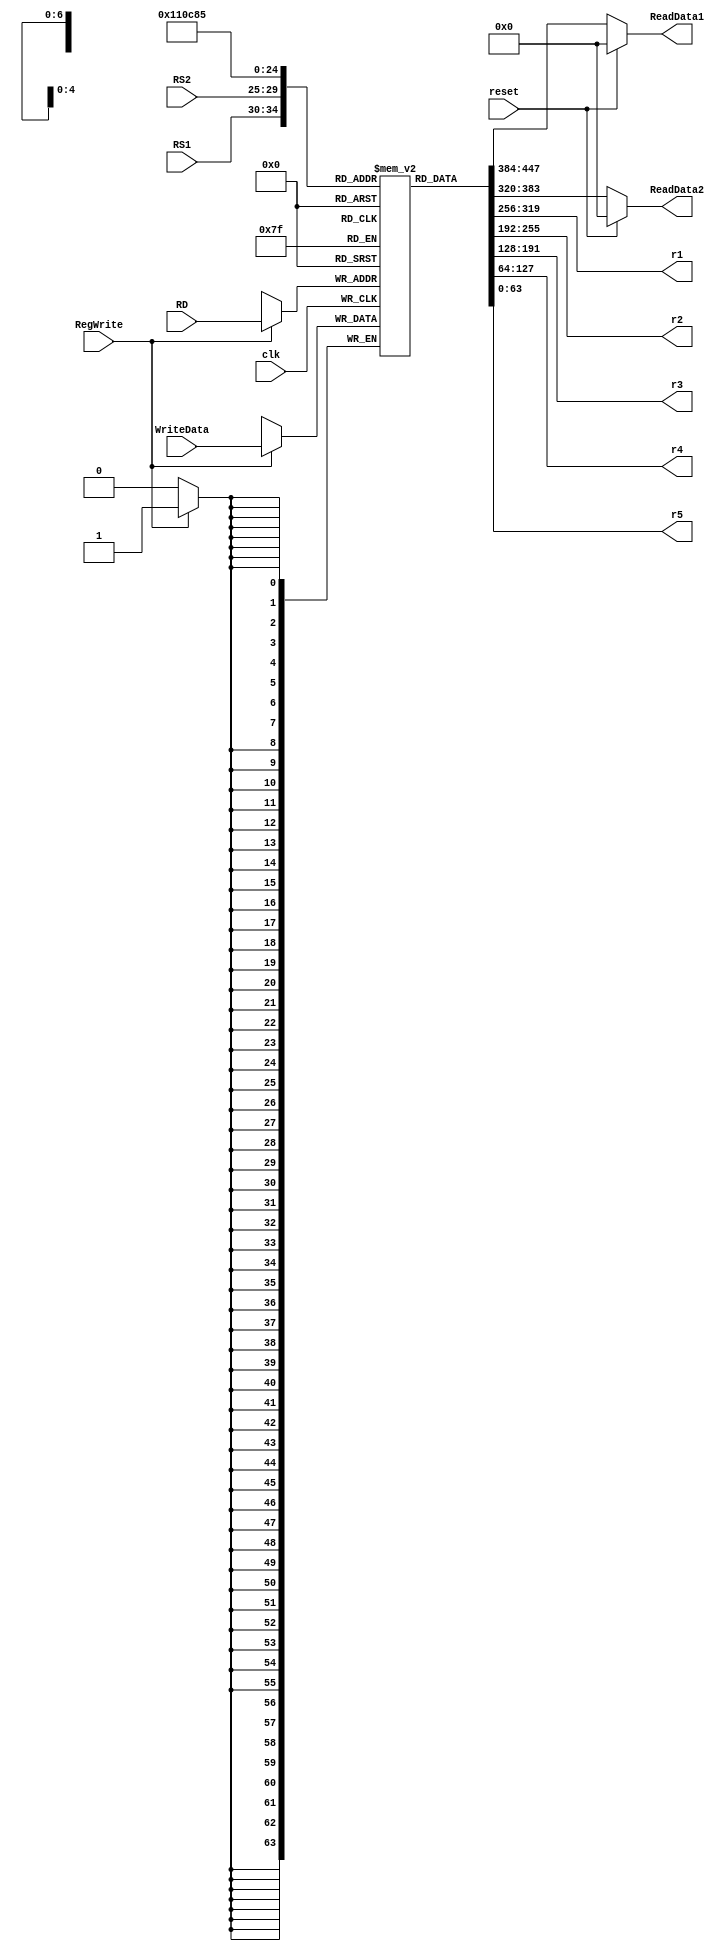
module registerFile_3
(
    input clk, reset, RegWrite,
    input [63:0] WriteData,
    input [4:0] RS1, RS2, RD,
    output reg [63:0] ReadData1, ReadData2,
    output [63:0] r1,
    output [63:0] r2,
    output [63:0] r3,
    output [63:0] r4,
    output [63:0] r5
);

reg [63:0] Registers [31:0];
integer i;

initial
begin
    Registers[0] = 64'd0;
    Registers[1] = 64'd0;
    Registers[2] = 64'd5;
    Registers[3] = 64'd7;
    Registers[4] = 64'd0;
    Registers[5] = 64'd0;
    Registers[6] = 64'd0;
    Registers[7] = 64'd0;
    Registers[8] = 64'd0;
    Registers[9] = 64'd0;
    Registers[10] = 64'd0;
    Registers[11] = 64'd0;
    Registers[12] = 64'd0;
    Registers[13] = 64'd0;
    Registers[14] = 64'd0;
    Registers[15] = 64'd0;
    Registers[16] = 64'd0;
    Registers[17] = 64'd0;
    Registers[18] = 64'd0; //20 for testing
    Registers[19] = 64'd0;
    Registers[20] = 64'd0;
    Registers[21] = 64'd0; //register x21 = 1
    Registers[22] = 64'd0;
    Registers[23] = 64'd0;
    Registers[24] = 64'd0;
    Registers[25] = 64'd0;
    Registers[26] = 64'd0;
    Registers[27] = 64'd0;
    Registers[28] = 64'd0;
    Registers[29] = 64'd0;
    Registers[30] = 64'd0;
    Registers[31] = 64'd0;
    
end


always @(negedge clk ) begin
    
    if (RegWrite) begin
        Registers[RD] = WriteData;
    end
end

always@(*) begin
    ReadData1 = reset ? 0 : Registers[RS1];
    ReadData2 = reset ? 0 : Registers[RS2];
end

assign r1 = Registers[1];
  assign r2 = Registers[2];
  assign r3 = Registers[3];
  assign r4 = Registers[4];
  assign r5 = Registers[5];

endmodule // registerFile